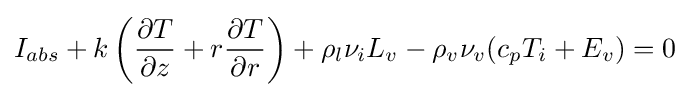
I_{abs}+k\left({\frac {\partial T}{\partial z}}+r{\frac {\partial T}{\partial r}}\right)+\rho _{l}\nu _{i}L_{v}-\rho _{v}\nu _{v}(c_{p}T_{i}+E_{v})=0